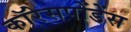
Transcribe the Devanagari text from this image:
कॉरेसपोंडेंस